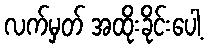
လက်မှတ် အထိုးခိုင်းပေါ့